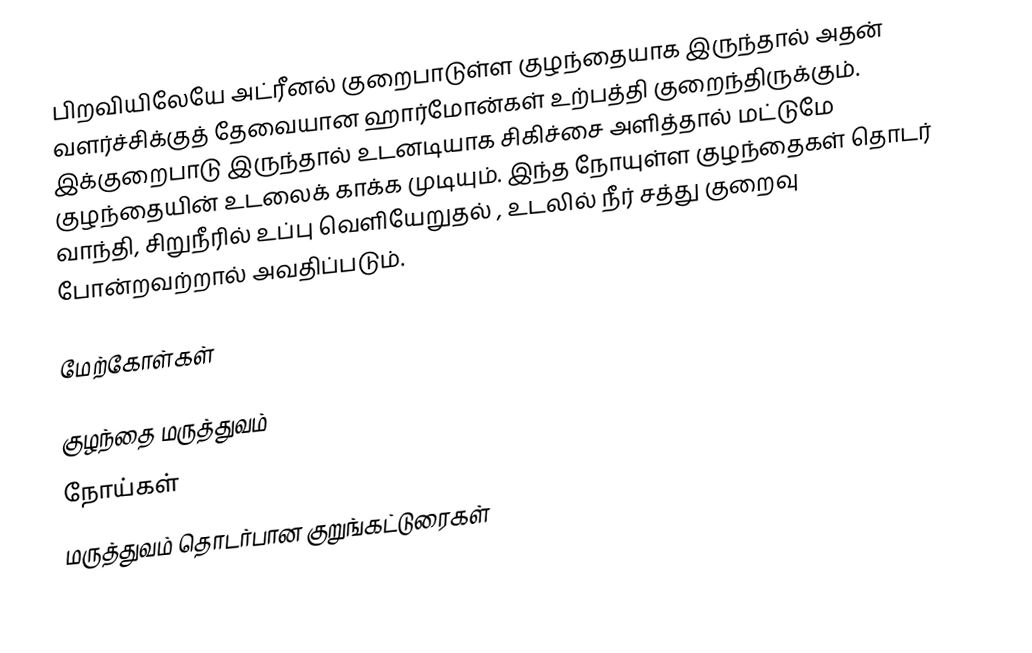
பிறவியிலேயே அட்ரீனல் குறைபாடுள்ள குழந்தையாக இருந்தால் அதன் வளர்ச்சிக்குத் தேவையான ஹார்மோன்கள் உற்பத்தி குறைந்திருக்கும். இக்குறைபாடு இருந்தால் உடனடியாக சிகிச்சை அளித்தால் மட்டுமே குழந்தையின் உடலைக் காக்க முடியும். இந்த  நோயுள்ள குழந்தைகள் தொடர் வாந்தி, சிறுநீரில் உப்பு வெளியேறுதல் , உடலில் நீர் சத்து குறைவு போன்றவற்றால் அவதிப்படும்.

மேற்கோள்கள்

குழந்தை மருத்துவம்
நோய்கள்
மருத்துவம் தொடர்பான குறுங்கட்டுரைகள்